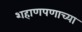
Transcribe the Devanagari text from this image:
शहाणपणाच्या